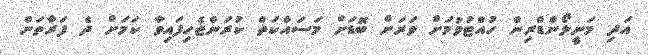
އަދި މަނީލޯންޑްރިން ހުއްޓުވުމަށް ވަރަށް ބޮޑަށް މަސައްކަތް ކުރަންޖެހިފައިވާ ކަމަށް ދެ ފަރާތަށް